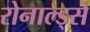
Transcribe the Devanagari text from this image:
रोनाल्ड्से